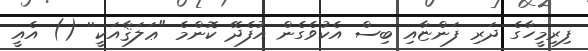
ފިރިމީހާގެ ދަރި ފަންޏާއި ބިސް އެކުވެގެން އުފެދޭ ކޮންމެ "ޢަލަޤާއަކީ'' () އެއީ